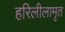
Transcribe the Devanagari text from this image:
हरिलीलामृत